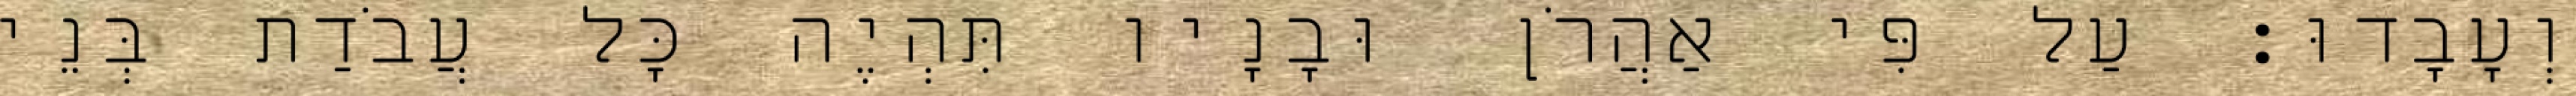
וְעָבָדוּ׃ עַל פִּי אַהֲרֹן וּבָנָיו תִּהְיֶה כָּל עֲבֹדַת בְּנֵי